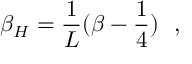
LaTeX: \beta _ { H } = { \frac { 1 } { L } } ( \beta - { \frac { 1 } { 4 } } ) ~ ~ ,